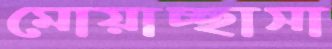
মোয়াচ্ছাসা